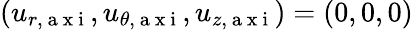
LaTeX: (u_{r,\mathrm{~a~x~i~}},u_{\theta,\mathrm{~a~x~i~}},u_{z,\mathrm{~a~x~i~}})=(0,0,0)